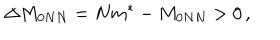
LaTeX: \Delta M _ { 0 N N } = N m ^ { \ast } - M _ { 0 N N } > 0 \, ,